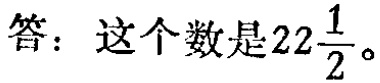
答：这个数是\(22\frac{1}{2}\)。